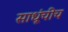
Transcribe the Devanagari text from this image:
साधूंचीच